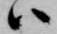
ハ